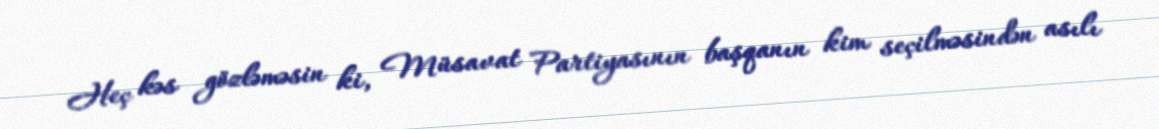
Heç kəs gözləməsin ki, Müsavat Partiyasının başqanın kim seçilməsindən asılı